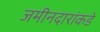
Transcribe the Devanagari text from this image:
जमीनदारांकडे